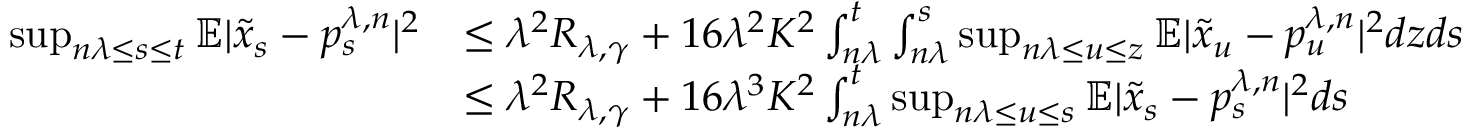
\begin{array} { r l } { \operatorname* { s u p } _ { n \lambda \leq s \leq t } \mathbb { E } | \tilde { x } _ { s } - p _ { s } ^ { \lambda , n } | ^ { 2 } } & { \leq \lambda ^ { 2 } R _ { \lambda , \gamma } + 1 6 \lambda ^ { 2 } K ^ { 2 } \int _ { n \lambda } ^ { t } \int _ { n \lambda } ^ { s } \operatorname* { s u p } _ { n \lambda \leq u \leq z } \mathbb { E } | \tilde { x } _ { u } - p _ { u } ^ { \lambda , n } | ^ { 2 } d z d s } \\ & { \leq \lambda ^ { 2 } R _ { \lambda , \gamma } + 1 6 \lambda ^ { 3 } K ^ { 2 } \int _ { n \lambda } ^ { t } \operatorname* { s u p } _ { n \lambda \leq u \leq s } \mathbb { E } | \tilde { x } _ { s } - p _ { s } ^ { \lambda , n } | ^ { 2 } d s } \end{array}